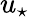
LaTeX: u_{\star}